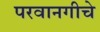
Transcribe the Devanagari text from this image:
परवानगीचे